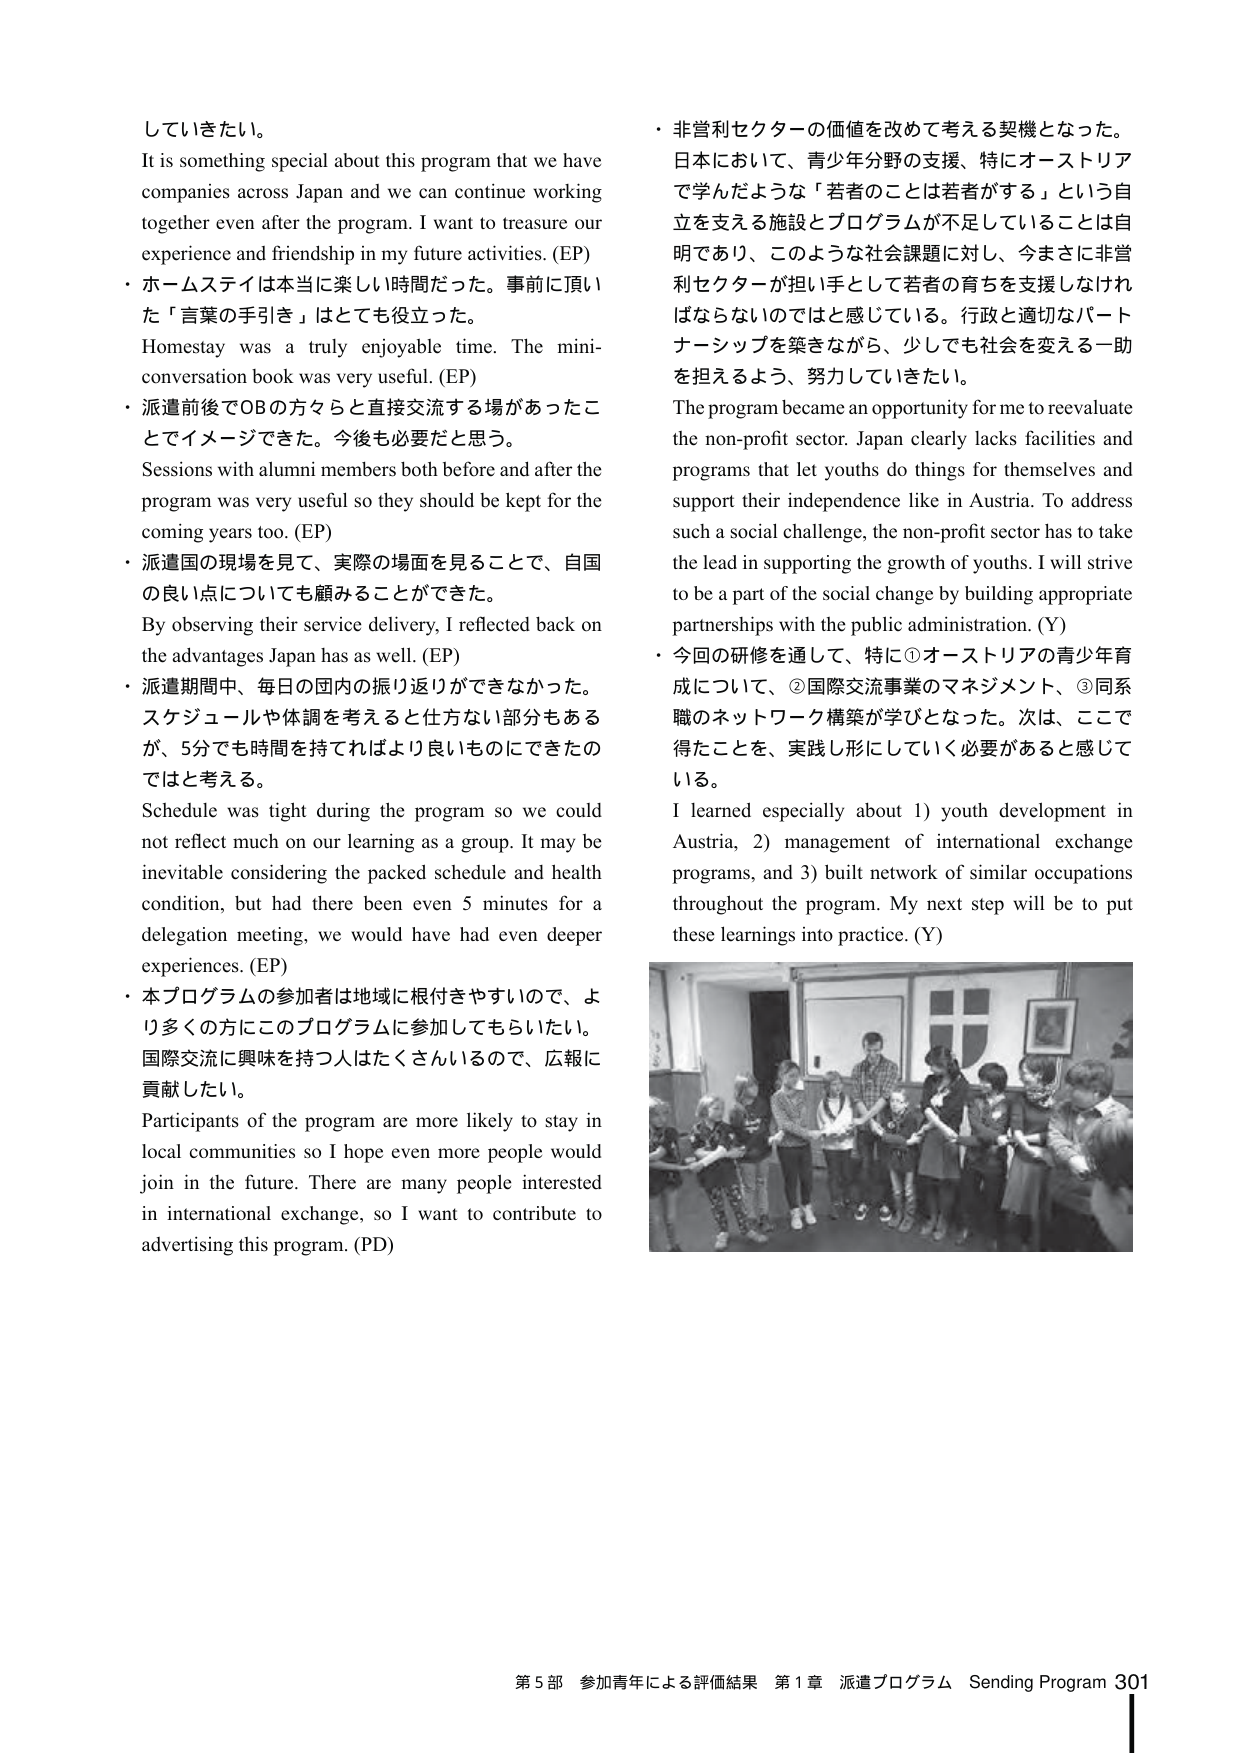
していきたい。
It is something special about this program that we have companies across Japan and we can continue working together even after the program. I want to treasure our experience and friendship in my future activities. (EP)
・ホームステイは本当に楽しい時間だった。事前に頂いた「言葉の手引き」はとても役立った。
Homestay was a truly enjoyable time. The mini-conversation book was very useful. (EP)
・派遣前後でOBの方々らと直接交流する場があったことでイメージできた。今後も必要だと思う。
Sessions with alumni members both before and after the program was very useful so they should be kept for the coming years too. (EP)
・派遣国の現場を見て、実際の場面を見ることで、自国の良い点についても顧慮することができた。
By observing their service delivery, I reflected back on the advantages Japan has as well. (EP)
・派遣期間中、毎日の国内の振り返りができなかった。スケジュールや体調を考えると仕方ない部分もあるが、5分でも時間を持てればより良いものにできたのではと考える。
Schedule was tight during the program so we could not reflect much on our learning as a group. It may be inevitable considering the packed schedule and health condition, but had there been even 5 minutes for a delegation meeting, we would have had even deeper experiences. (EP)
・本プログラムの参加者は地域に根付きやすいので、より多くの方にこのプログラムに参加してもらいたい。国際交流に興味を持つ人はたくさんいるので、広報に貢献したい。
Participants of the program are more likely to stay in local communities so I hope even more people would join in the future. There are many people interested in international exchange, so I want to contribute to advertising this program. (PD)
・非営利セクターの価値を改めて考える契機となった。日本において、青少年分野の支援、特にオーストリアで学んだような「若者のことは若者がする」という自立を支える施設とプログラムが不足していることは自明であり、このような社会課題に対し、今まさに非営利セクターが担い手として若者の育ちを支援しなければならないのではと感じている。行政と適切なパートナーシップを築きながら、少しでも社会を変える一助を担えるよう、努力していきたい。
The program became an opportunity for me to reevaluate the non-profit sector. Japan clearly lacks facilities and programs that let youths do things for themselves and support their independence like in Austria. To address such a social challenge, the non-profit sector has to take the lead in supporting the growth of youths. I will strive to be a part of the social change by building appropriate partnerships with the public administration. (Y)
・今回の研修を通して、特に①オーストリアの青少年育成について、②国際交流事業のマネジメント、③同系職のネットワーク構築が学びとなった。次は、ここで得たことを、実践し形にしていく必要があると感じている。
I learned especially about 1) youth development in Austria, 2) management of international exchange programs, and 3) built network of similar occupations throughout the program. My next step will be to put these learnings into practice. (Y)
第5部 参加青年による評価結果 第1章 派遣プログラム Sending Program 301